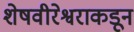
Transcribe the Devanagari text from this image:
शेषवीरेश्वराकडून